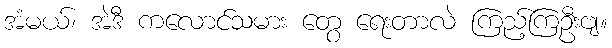
အံမယ်၊ အဲဒီ ကလောင်သမား တွေ ရေးတာလဲ ကြည့်ကြဦးဗျ။